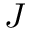
J